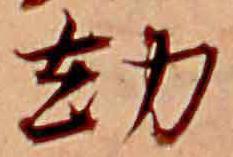
劫